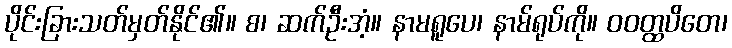
ပိုင်းခြားသတ်မှတ်နိုင်၏။ စ၊ ဆက်ဦးအံ့။ နာမရူပေ၊ နာမ်ရုပ်ကို။ ဝဝတ္ထပိတေ၊